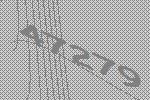
47279